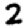
Digit: 2